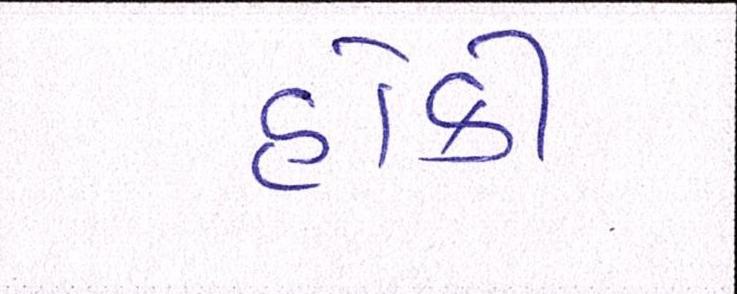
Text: હોકી